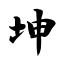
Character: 坤